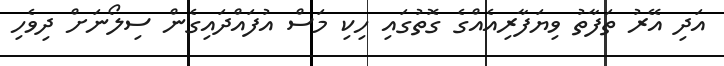
އަދި އޭރު ތަފާތު ވިޔަފާރިއެއްގެ ގޮތުގައި ހިކި މަސް އުފައްދައިގެން ސިލޯނަށް ދިވެހި